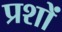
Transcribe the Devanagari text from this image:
प्रशों